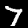
Digit: 7